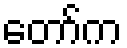
တော်က